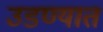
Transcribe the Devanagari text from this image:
उडण्यात